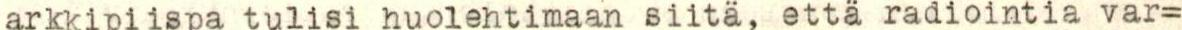
arkkipiispa tulisi huolehtimaan siitä, että radiointia var=